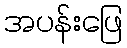
အပန်းဖြေ